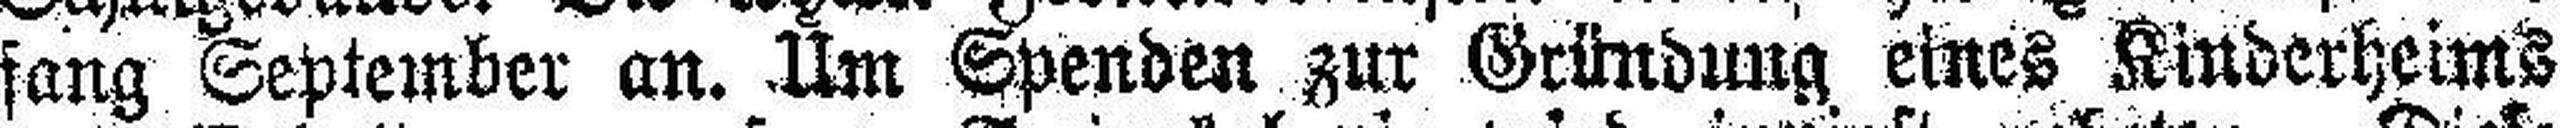
fang September an. Um Spenden zur Gründung eines Kinderheims